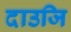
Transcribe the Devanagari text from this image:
दाउजि